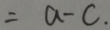
= a - c .